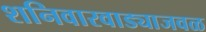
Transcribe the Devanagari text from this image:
शनिवारवाड्याजवळ